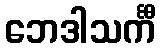
ဘေဒါသင်္ကီ